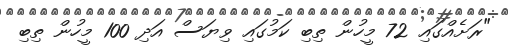
"ރަށެއްގައި 72 މީހުން ތިބި ކަމުގައި ވިޔަސް އަދި 100 މީހުން ތިބި